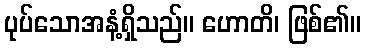
ပုပ်သောအနံ့ရှိသည်။ ဟောတိ၊ ဖြစ်၏။